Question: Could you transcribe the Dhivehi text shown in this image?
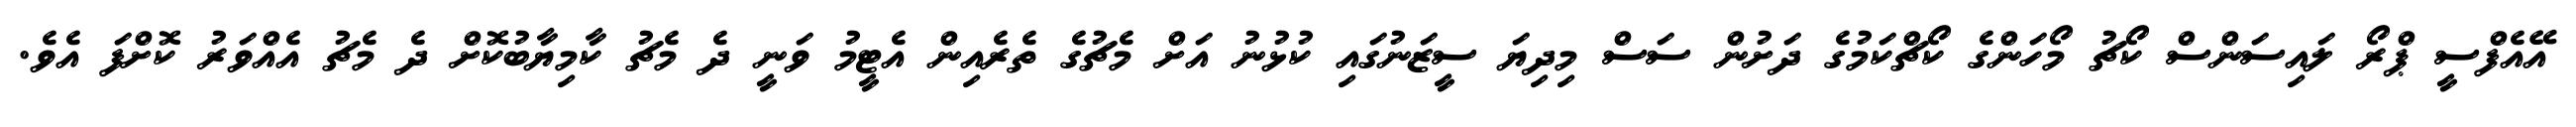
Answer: އޭއެފްސީ ޕްރޯ ލައިސަންސް ކޯޗު މޯހަންގެ ކޯޗްކަމުގެ ދަށުން ސަސް މިދިޔަ ސީޒަނުގައި ކުޅުނު އަށް މެޗުގެ ތެރެއިން އެޓީމު ވަނީ ދެ މެޗު ކާމިޔާބުކޮށް ދެ މެޗު އެއްވަރު ކޮށްފަ އެވެ.